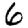
Digit: 6